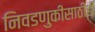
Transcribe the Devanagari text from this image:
निवडणुकीसाठीही